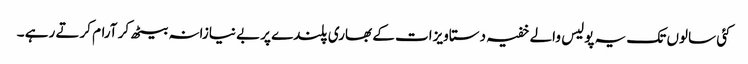
کئی سالوں تک یہ پولیس والے خفیہ دستاویزات کے بھاری پلندے پربے نیازانہ بیٹھ کر آرام کرتے رہے ۔